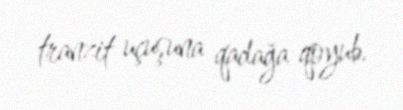
tranzit uçuşuna qadağa qoyub.